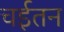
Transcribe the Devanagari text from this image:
चईतन